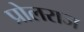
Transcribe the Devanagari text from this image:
प्रोलराज